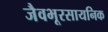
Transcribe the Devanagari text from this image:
जैवभूरसायनिक